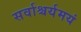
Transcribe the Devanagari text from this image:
सर्वाश्चर्यमयं